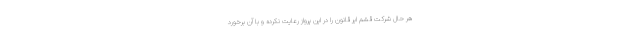
هر حال شرکت قشم ایر قانون را در این پرواز رعایت نکرده و با آن برخورد